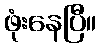
ဖုံးနေပြီ။